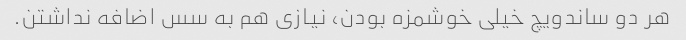
هر دو ساندویچ خیلی خوشمزه بودن، نیازی هم به سس اضافه نداشتن.